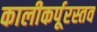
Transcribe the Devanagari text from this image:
कालीकर्पूरस्तव